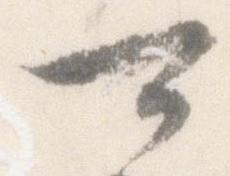
可